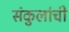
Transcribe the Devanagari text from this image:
संकुलांची